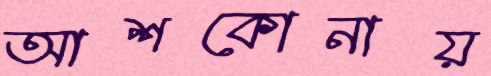
আশকোনায়